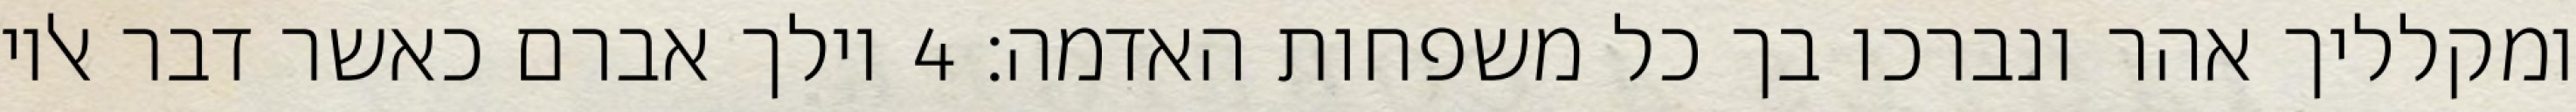
ומקלליך אהר ונברכו בך כל משפחות האדמה׃ ‎4‏ וילך אברם כאשר דבר אליו